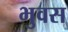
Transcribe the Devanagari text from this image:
भुवस